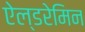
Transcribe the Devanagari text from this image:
ऐल्डरेमिन